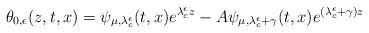
LaTeX: \begin{align*} \theta_{0,\epsilon}(z,t,x)=\psi_{\mu,\lambda^{\epsilon}_{c}}(t,x)e^{\lambda^{\epsilon}_{c}z}-A\psi_{\mu,\lambda^{\epsilon}_{c}+\gamma}(t,x) e^{(\lambda^{\epsilon}_{c}+\gamma)z}\end{align*}